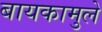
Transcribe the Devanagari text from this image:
बायकामुले